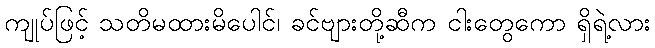
ကျုပ်ဖြင့် သတိမထားမိပေါင်၊ ခင်ဗျားတို့ဆီက ငါးတွေကော ရှိရဲ့လား